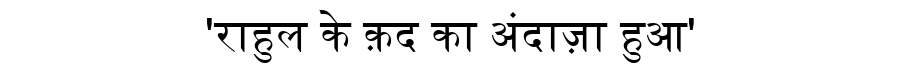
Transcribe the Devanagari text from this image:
'राहुल के क़द का अंदाज़ा हुआ'